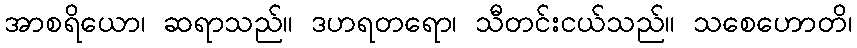
အာစရိယော၊ ဆရာသည်။ ဒဟရတရော၊ သီတင်းငယ်သည်။ သစေဟောတိ၊